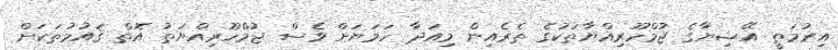
އިރުމަތީ އޭޝިޔާގެ ޖުމްހޫރިއްޔާތަކުގެ ތެރެއިން މިއަދާ ހަމަޔަށް ވެސް ޖުމްހޫރިއްޔަތު އޮތް ޤައުމުތަކަށް